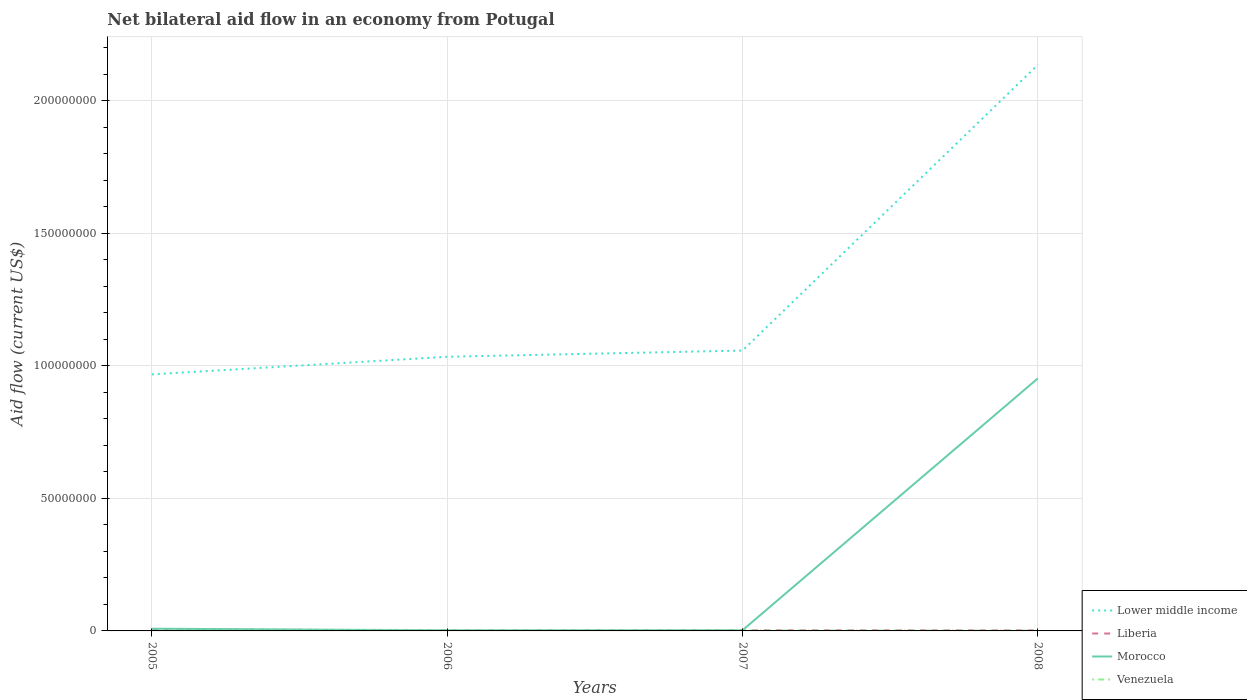
| Years | Lower middle income | Liberia | Morocco | Venezuela |
 | --- | --- | --- | --- | --- |
 | 2005 | 9.68e+07 | 5.8e+05 | 8.3e+05 | 1e+05 |
 | 2006 | 1.03e+08 | 1.8e+05 | 2.3e+05 | 1.1e+05 |
 | 2007 | 1.06e+08 | 2.4e+05 | 2.6e+05 | 1.5e+05 |
 | 2008 | 2.14e+08 | 2.1e+05 | 9.53e+07 | 1.2e+05 |